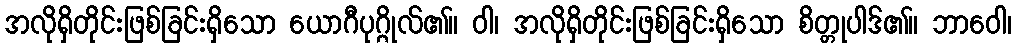
အလိုရှိတိုင်းဖြစ်ခြင်းရှိသော ယောဂီပုဂ္ဂိုလ်၏။ ဝါ၊ အလိုရှိတိုင်းဖြစ်ခြင်းရှိသော စိတ္တုပါဒ်၏။ ဘာဝေါ၊